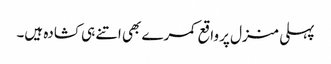
پہلی منزل پر واقع کمرے بھی اتنے ہی کشادہ ہیں۔